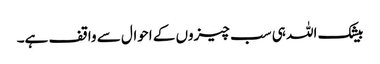
بیشک اللہ ہی سب چیزوں کے احوال سے واقف ہے۔